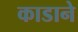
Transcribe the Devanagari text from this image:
काडाने